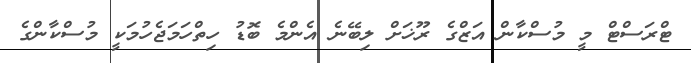
ޓްރަސްޓް މީ މުސްކާން އަޒްގެ ރޫޚަށް ލިބޭނެ އެންމެ ބޮޑު ހިތްހަމަޖެހުމަކީ މުސްކާންގެ